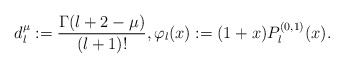
\begin{align*}d_{l}^\mu:=\frac{\Gamma(l+2-\mu)}{(l+1)!},\varphi_l(x):=(1+x)P_l^{(0,1)}(x).\end{align*}